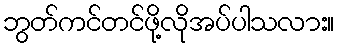
ဘွတ်ကင်တင်ဖို့လိုအပ်ပါသလား။